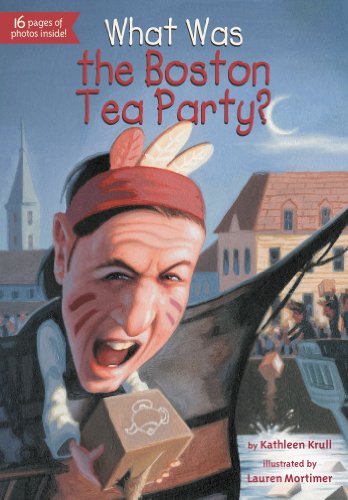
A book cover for What Was the Boston Tea Party?; Kathleen Krull; Children's Books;